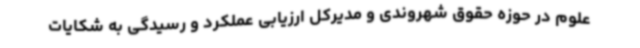
علوم در حوزه حقوق شهروندی و مدیرکل ارزیابی عملکرد و رسیدگی به شکایات